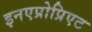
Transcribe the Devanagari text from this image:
इनएप्रोप्रिएट